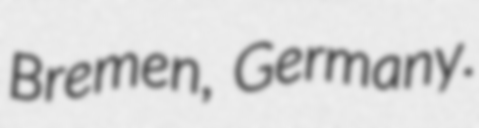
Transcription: Bremen, Germany.